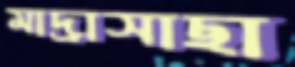
মাদ্রাসাছা